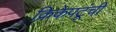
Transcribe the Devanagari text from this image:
क्रिकेपटूंची